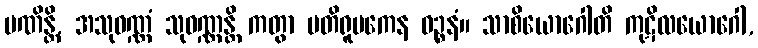
မဏိန္တိ, အသုဝဏ္ဏံ သုဝဏ္ဏန္တိ ကတွာ ပတိရူပကေန ဝဉ္စနံ။ သာစိယောဂေါတိ ကုဋိလယောဂေါ,